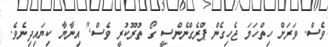
ވެސް. ވަރަށް ހިތްހަމަ ޖެހިގެން ޕްރެގްނެންސީ ގޯ ތުރޫކުރީ ވެސް